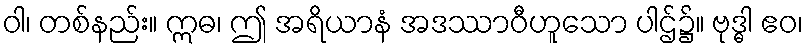
ဝါ၊ တစ်နည်း။ ဣဓ၊ ဤ အရိယာနံ အဒဿာဝီဟူသော ပါဌ်၌။ ဗုဒ္ဓါ ဧဝ၊